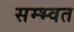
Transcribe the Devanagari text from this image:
सम्भ्वत